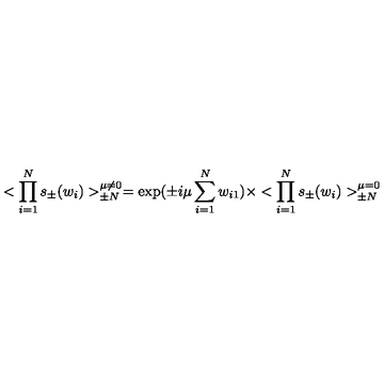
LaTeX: < \prod _ { i = 1 } ^ { N } s _ { \pm } ( w _ { i } ) > _ { \pm N } ^ { \mu \ne 0 } = \exp ( \pm i \mu \sum _ { i = 1 } ^ { N } w _ { i 1 } ) \times < \prod _ { i = 1 } ^ { N } s _ { \pm } ( w _ { i } ) > _ { \pm N } ^ { \mu = 0 }